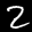
Label: 2